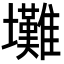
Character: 𡔃